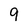
Character: 9